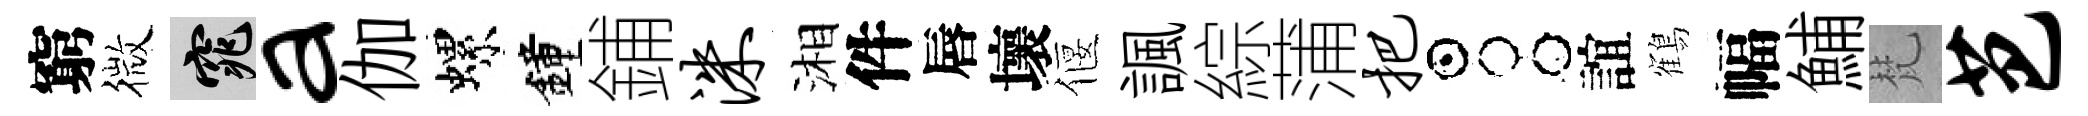
窮微窕a伽螺鐘鋪洙湘件唇壞偃諷綜蒲把占誼鶴幅鯆梵芭